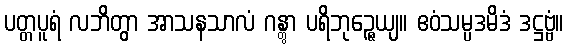
ပတ္တပူရံ လဘိတွာ အာသနသာလံ ဂန္တွာ ပရိဘုဉ္ဇေယျ။ ဧဝံသမ္ပဒမိဒံ ဒဋ္ဌဗ္ဗံ။